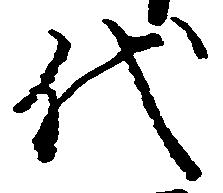
代